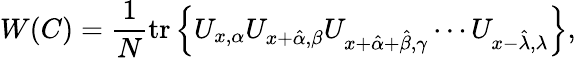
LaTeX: W(C)=\frac{1}{N}\mathrm{tr}\left\{ U_{x,\alpha}U_{x+\hat{\alpha},\beta}U_{x+\hat{\alpha}+\hat{\beta},\gamma}\cdots U_{x-\hat{\lambda},\lambda}\right\} ,